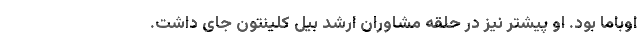
اوباما بود. او پیشتر نیز در حلقه مشاوران ارشد بیل کلینتون جای داشت.